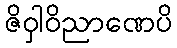
ဇိဝှါဝိညာဏေပိ